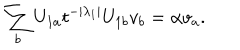
LaTeX: \sum _ { b } U _ { 1 a } t ^ { - | \lambda _ { 1 } | } U _ { 1 b } v _ { b } = \alpha v _ { a } .